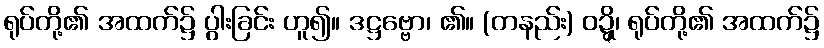
ရုပ်တို့၏ အထက်၌ ပွါးခြင်း ဟူ၍။ ဒဋ္ဌဗ္ဗော၊ ၏။ (တနည်း) ဝဍ္ဍ္ဎိ၊ ရုပ်တို့၏ အထက်၌